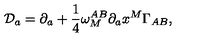
{ \cal D } _ { a } = \partial _ { a } + { \frac { 1 } { 4 } } \omega _ { M } ^ { A B } \partial _ { a } x ^ { M } \Gamma _ { A B } ,